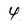
Character: 4